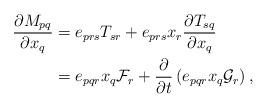
LaTeX: \begin{align*}\frac{\partial M_{pq}}{\partial x_{q}} & =e_{prs}T_{sr}+e_{prs}x_{r}\frac{\partial T_{sq}}{\partial x_{q}}\\& =e_{pqr}x_{q}\mathcal{F}_{r}+\frac{\partial}{\partial t}\left(e_{pqr}x_{q}\mathcal{G}_{r}\right) ,\end{align*}